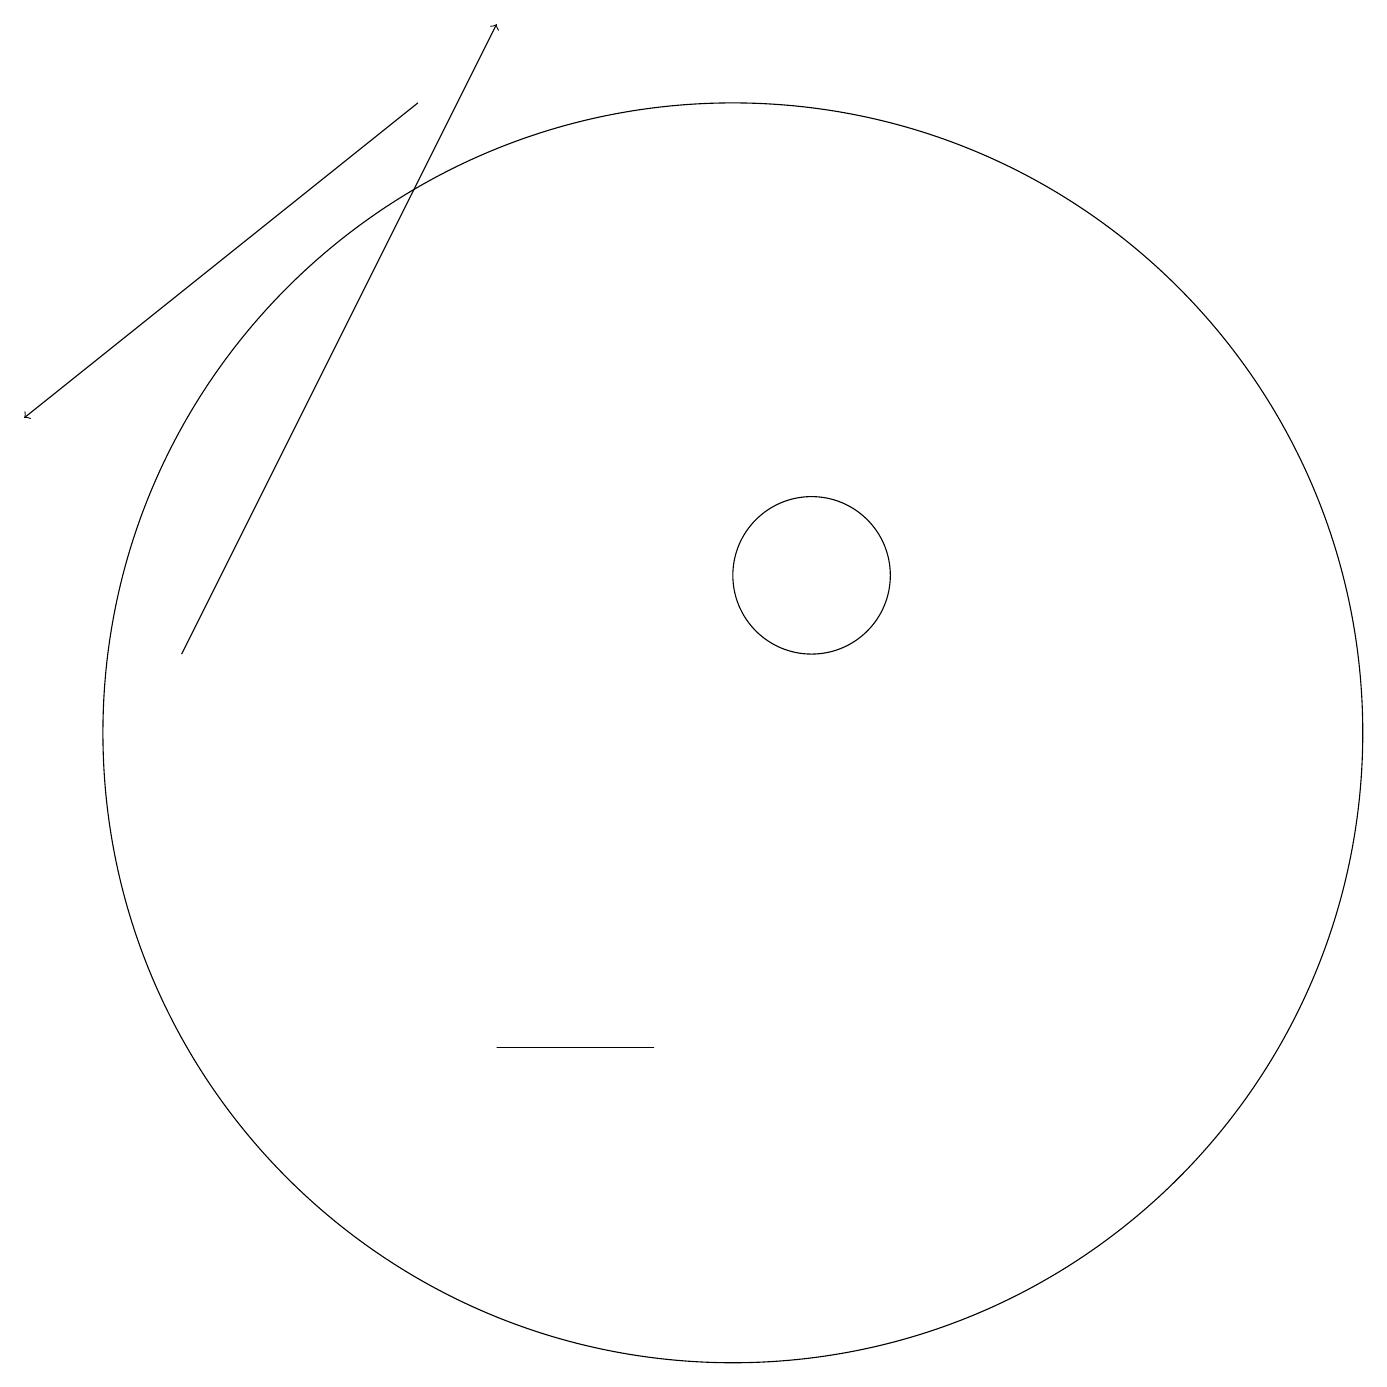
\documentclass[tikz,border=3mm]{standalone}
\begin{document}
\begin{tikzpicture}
\draw (10,10) circle (8);
\draw (7,6) -- (7,6) -- (9,6) -- cycle;
\draw[->] (6,18) -- (1,14);
\draw (11,12) circle (1);
\draw[->] (3,11) -- (7,19);
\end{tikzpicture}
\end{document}